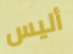
أليس